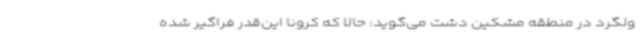
ولگرد در منطقه مشکین دشت می‌گوید: حالا که کرونا این‌قدر فراگیر شده